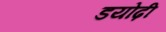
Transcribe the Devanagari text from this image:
डयोढ़ी